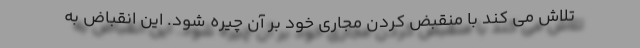
تلاش می کند با منقبض کردن مجاری خود بر آن چیره شود. این انقباض به